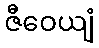
ဇီဝေယျံ